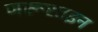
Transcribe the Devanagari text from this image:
जरूरतइन